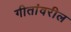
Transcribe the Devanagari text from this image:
गीतांवरील